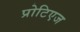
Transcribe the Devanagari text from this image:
प्रोटिएज